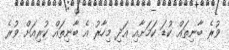
ވުރެ ބާނިތައް ކުޑަ ކަމަށާއި އަދި މިހާރު އެ ބާނިތައް ކުރިއަށް ވުރެ